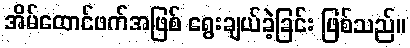
အိမ်ထောင်ဖက်အဖြစ် ရွေးချယ်ခဲ့ခြင်း ဖြစ်သည်။